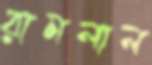
রামলাল